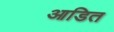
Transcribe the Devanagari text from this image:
आडित